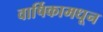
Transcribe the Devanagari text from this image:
वार्षिकामधून